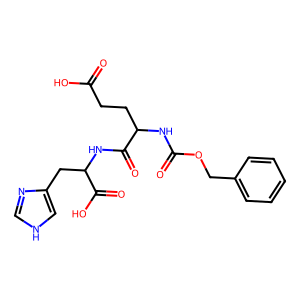
SMILES: O=C(O)CCC(NC(=O)OCc1ccccc1)C(=O)NC(Cc1c[nH]cn1)C(=O)O
Inhibits HIV replication: No